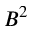
B ^ { 2 }